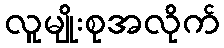
လူမျိုးစုအလိုက်